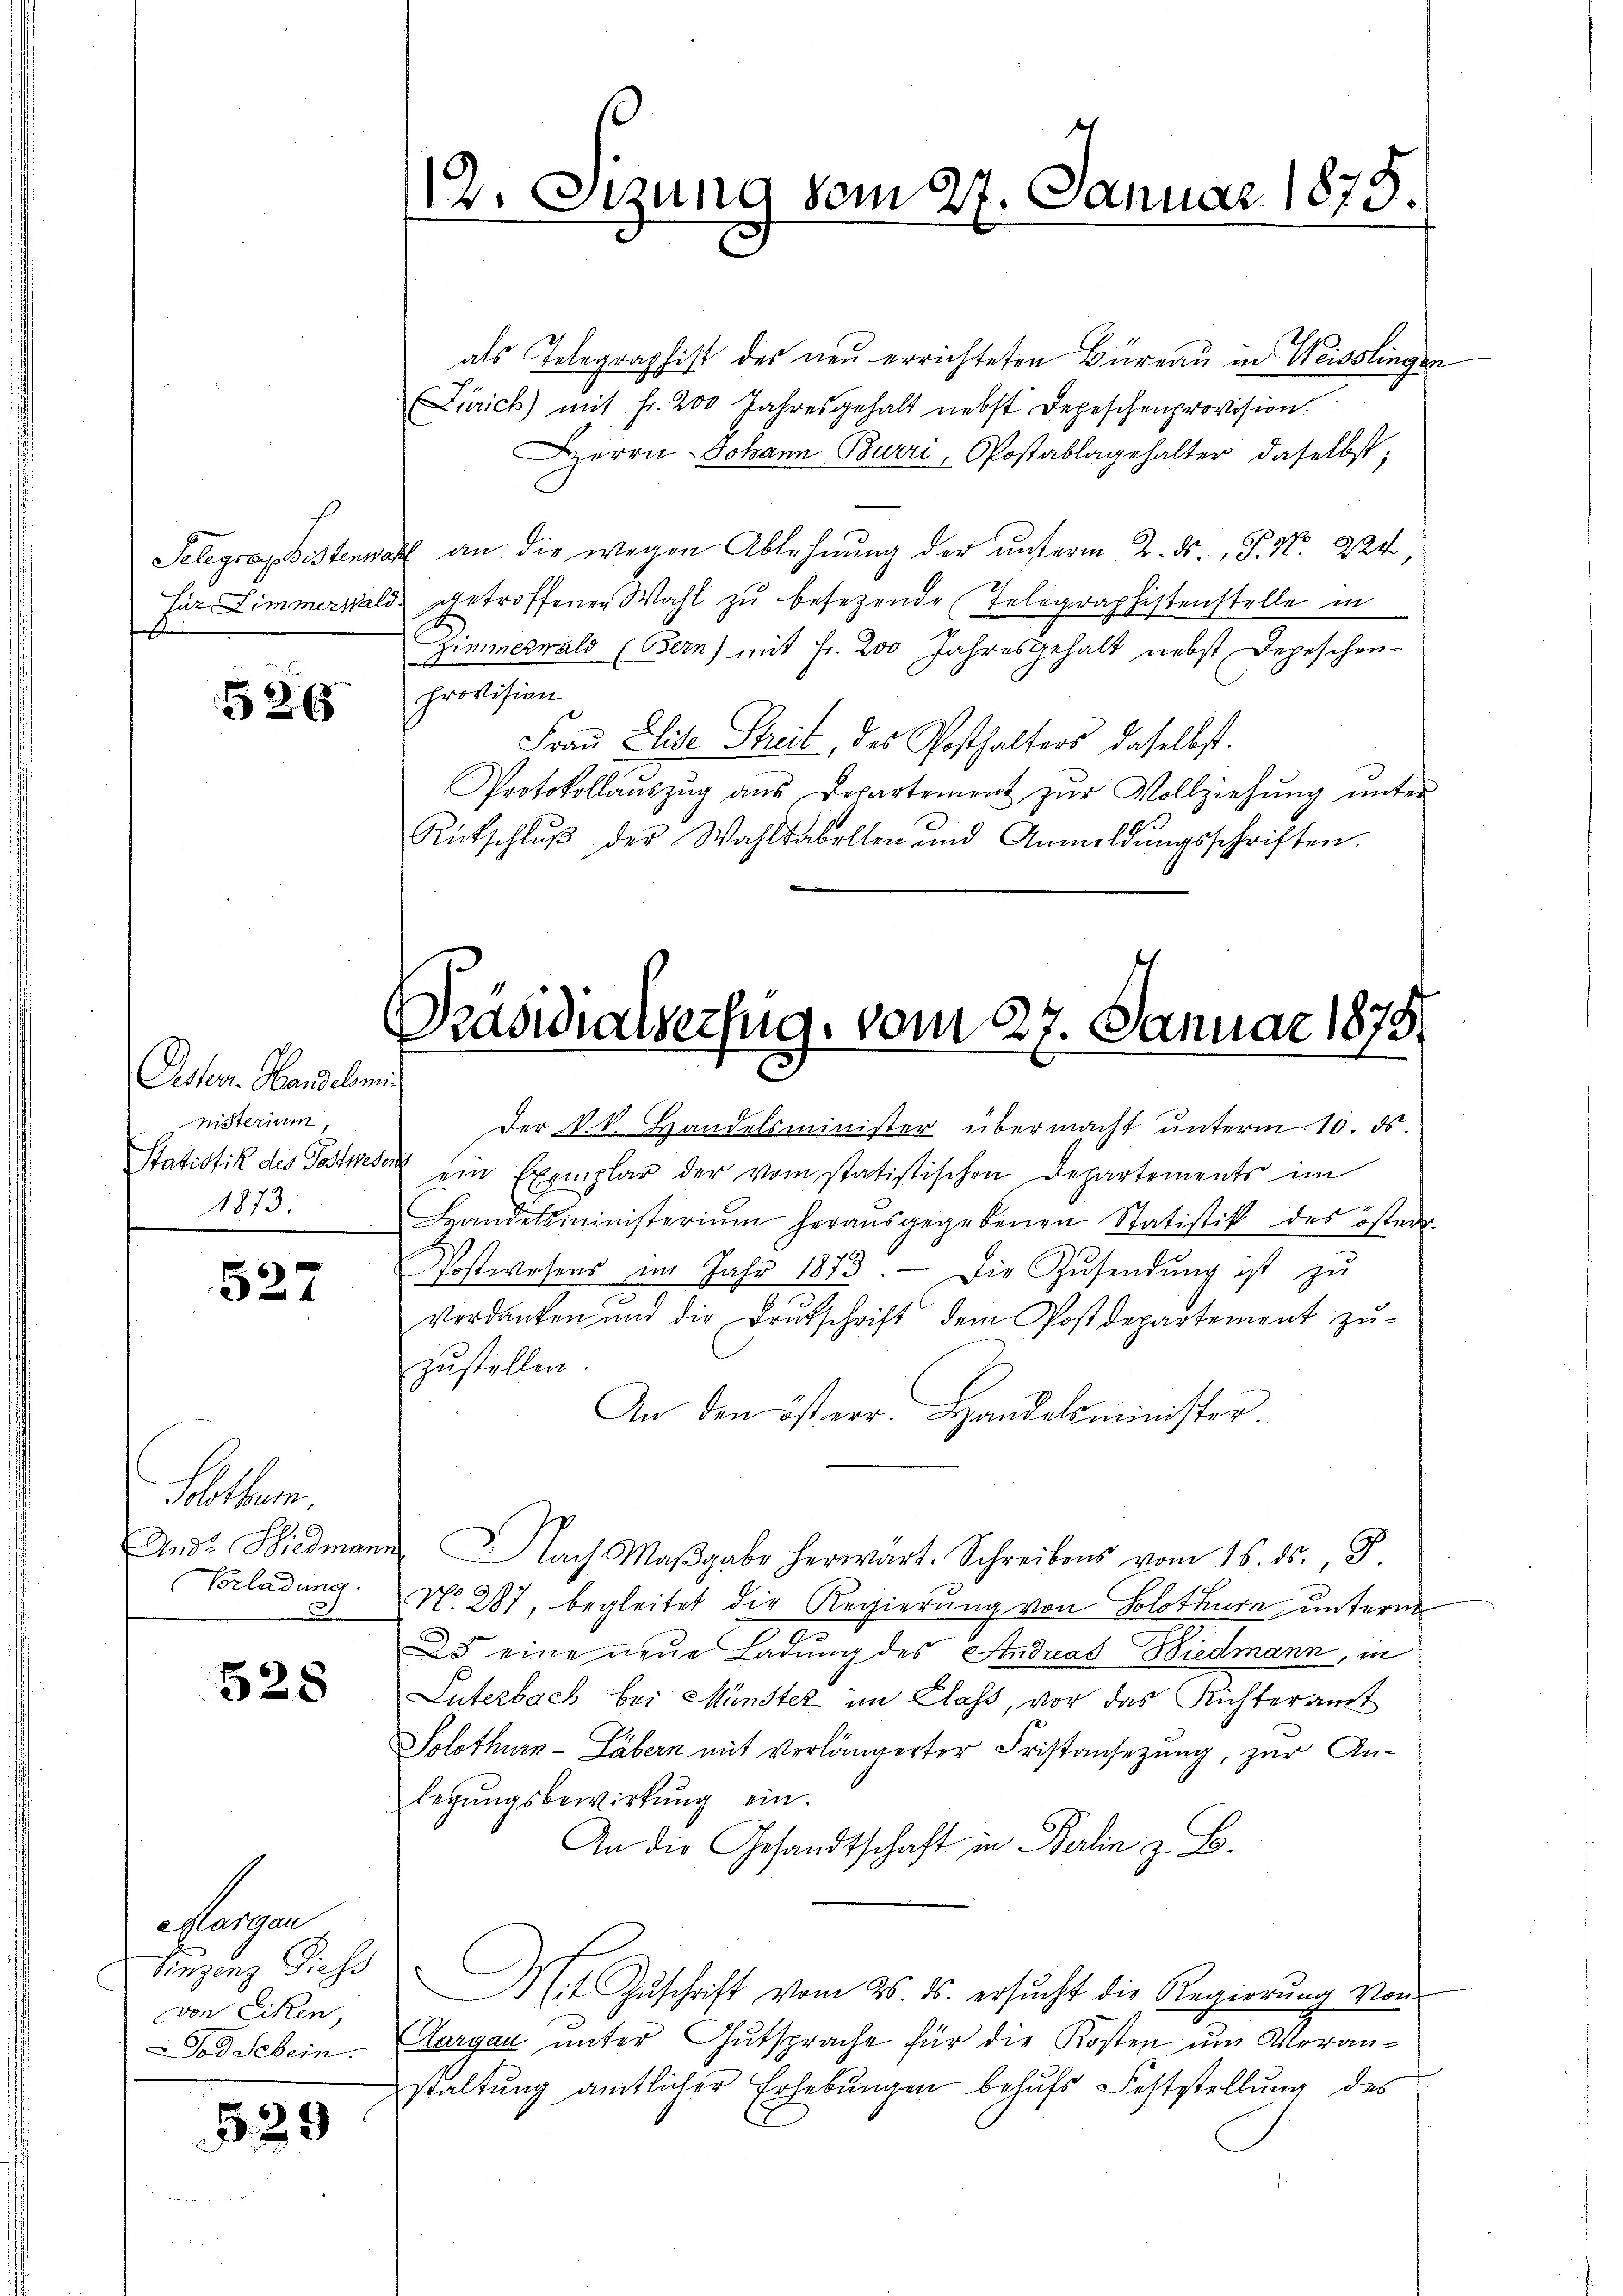
E

326

Oetten. Handelsmi
misterium
1873.

527

Solothurn,
And. Wiedmann
Vorladung.

528

Mangen
Einzenz Siehs
von Ecken,
Tod Schein.

529

als Telegraphist des neu errichteten Büreau in Weisslingen
Zürich) mit Fr. 200 Jahresgehalt nebst Depeschenprovision.
Herrn Johann Burri, Postablagehalter daselbst,
Selegraphistenwart an die wegen Ablehnung der unterm 2. ds., P. Nr. 224
für Zimmerwald getroffenen Wahl zu besezende Telegraphistenstelle in
Zimmerwald (Bern) mit Fr. 200 Jahresgehalt nebst Depeschen-
provision
Frau Elise Streit, des Posthalters daselbst.
Protokollaŭszŭg aŭs Departement zŭr Vollziehŭng ŭnter
Rütschlŭβ der Wahlsabellen und Anmeldŭngsschriften.

12. Sizung vom 27. Januar 1875.

Präsidialverfug, vom 27. Januar 1873.

Handelsministerium heraŭsgegebenen Statistik des österr
Postwesens im Jahr 1873. Die Zŭsendŭng ist zŭ
verdanken und die Brŭtschrift dem Postdepartement zŭ-
zustellen
An den ist err. Handelsminister
i Nach Maβgabe herwart. Schreibens vom 16. ds., S.
N. 287, begleitet die Regierung von Solothurn unterm
5 eine neue Ladung des Andreas Biedmann, in
Lnterbach bei Münster im Class, vor das Richteramt
Solothurn-Läbern mit verlängerter Fristansezung, zur An-
legŭngsbewirkŭng ein.
An die Gesandtschaft in Berlin z. B.
At Zŭschrift vom 26. ds. ersŭcht die Regierŭng von
Aargau unter Gutsprache für die Kosten um Veranstaltung amtlicher Erhebungen behufs Feststellung des

Der k. k. Handelsminister übermacht unterm 10. ds.
Statistik des Postwesen ein Exemplar der vom statistischen Departements im